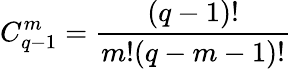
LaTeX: C_{q-1}^{m}=\frac{(q-1)!}{m!(q-m-1)!}